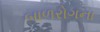
બાળરોગના